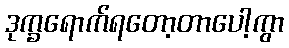
ဒုက္ခရောက်ရတော့တာပေါ့ကွာ